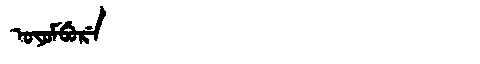
Manchu: ᠣᠶᠣᠮᠪᡠᡵᡝ
Romanization: OYOMBURE